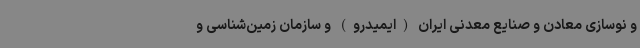
و نوسازی معادن و صنایع معدنی ایران (ایمیدرو) و سازمان زمین‌شناسی و